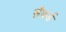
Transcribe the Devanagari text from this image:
सैफर्ड